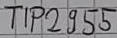
Text: TIP2955